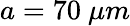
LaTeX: a=70~\mu m